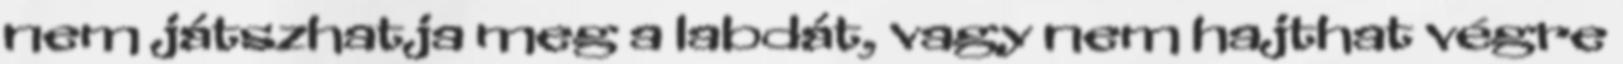
nem játszhatja meg a labdát, vagy nem hajthat végre